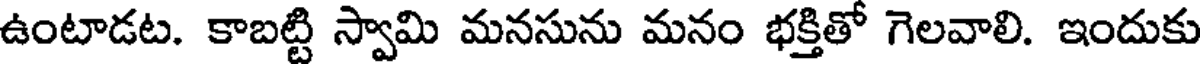
ఉంటాడట. కాబట్టి స్వామి మనసును మనం భక్తితో గెలవాలి. ఇందుకు